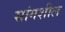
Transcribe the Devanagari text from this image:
सांगशील